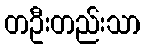
တဦးတည်းသာ